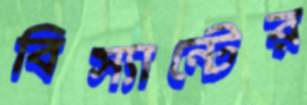
বিস্যান্টের